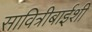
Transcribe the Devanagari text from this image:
सावित्रीबाईशी